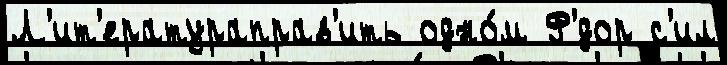
Л'ит'ератураправ'ить одно́м Ф'́дор с'ил